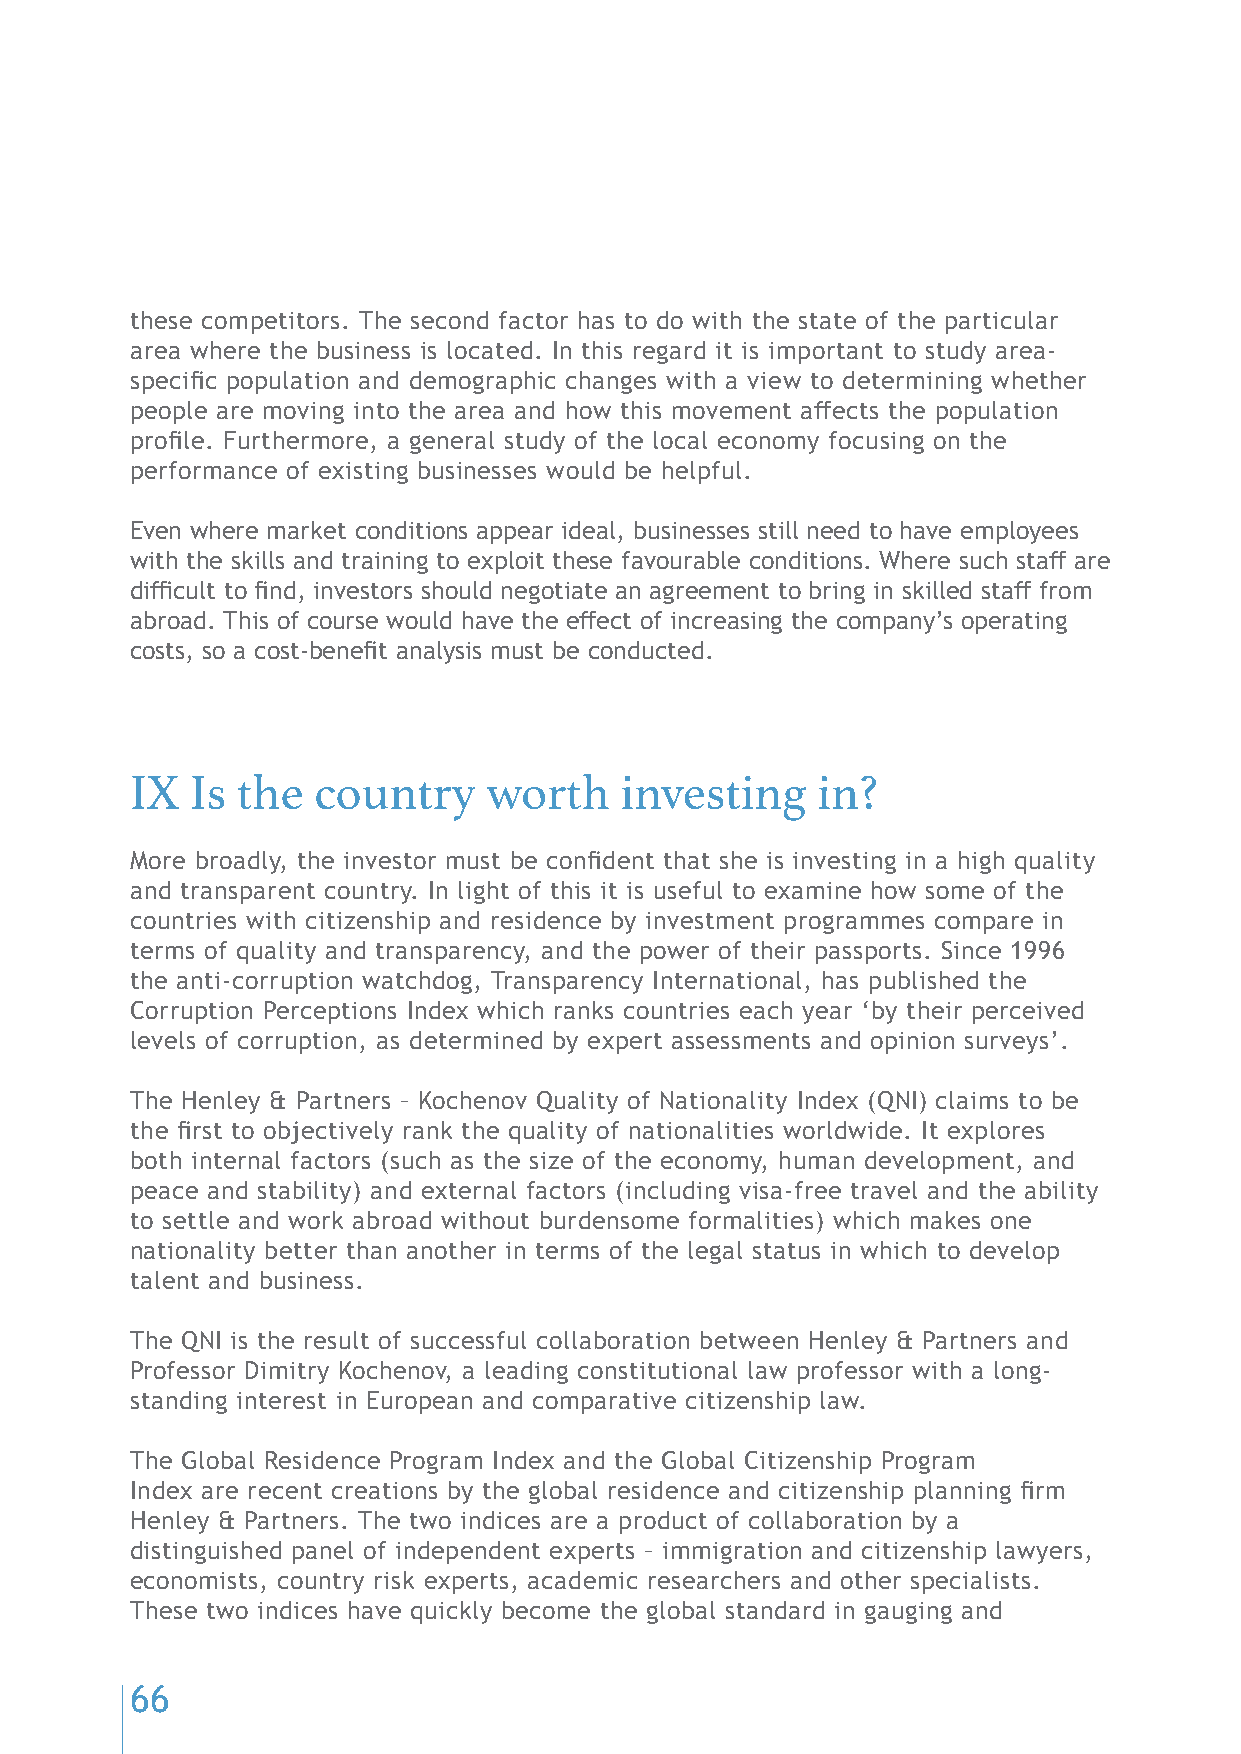
these competitors. The second factor has to do with the state of the particular
 area where the business is located. In this regard it is important to study area-
 specific population and demographic changes with a view to determining whether
 people are moving into the area and how this movement affects the population
 profile. Furthermore, a general study of the local economy focusing on the
 performance of existing businesses would be helpful.
 Even where market conditions appear ideal, businesses still need to have employees
 with the skills and training to exploit these favourable conditions. Where such staff are
 difficult to find, investors should negotiate an agreement to bring in skilled staff from
 abroad. This of course would have the effect of increasing the company’s operating
 costs, so a cost-benefit analysis must be conducted.
 IX  Is the  country    worth    investing    in?
 More broadly, the investor must be confident that she is investing in a high quality
 and transparent country. In light of this it is useful to examine how some of the
 countries with citizenship and residence by investment programmes compare in
 terms of quality and transparency, and the power of their passports. Since 1996
 the anti-corruption watchdog, Transparency International, has published the
 Corruption Perceptions Index which ranks countries each year ‘by their perceived
 levels of corruption, as determined by expert assessments and opinion surveys’.
 The Henley & Partners – Kochenov Quality of Nationality Index (QNI) claims to be
 the first to objectively rank the quality of nationalities worldwide. It explores
 both internal factors (such as the size of the economy, human development, and
 peace and stability) and external factors (including visa-free travel and the ability
 to settle and work abroad without burdensome formalities) which makes one
 nationality better than another in terms of the legal status in which to develop
 talent and business.
 The QNI is the result of successful collaboration between Henley & Partners and
 Professor Dimitry Kochenov, a leading constitutional law professor with a long-
 standing interest in European and comparative citizenship law.
 The Global Residence Program Index and the Global Citizenship Program
 Index are recent creations by the global residence and citizenship planning firm
 Henley & Partners. The two indices are a product of collaboration by a
 distinguished panel of independent experts – immigration and citizenship lawyers,
 economists, country risk experts, academic researchers and other specialists.
 These two indices have quickly become the global standard in gauging and
 66